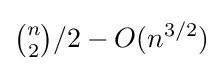
{\tbinom {n}{2}}/2-O(n^{3/2})